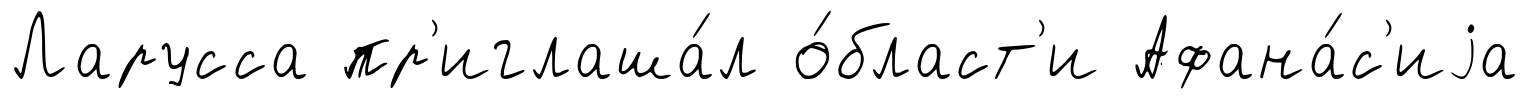
Ларусса пр'иглаша́л о́бласт'и Афана́с'иjа